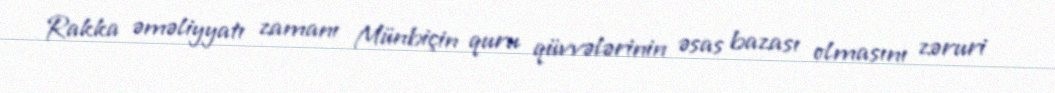
Rakka əməliyyatı zamanı Münbiçin quru qüvvələrinin əsas bazası olmasını zəruri